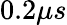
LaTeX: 0.2\mu s